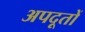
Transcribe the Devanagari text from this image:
अपदूतों